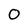
Character: 0